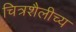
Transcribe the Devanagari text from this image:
चित्रशैलीच्य